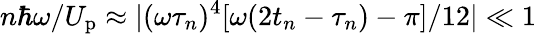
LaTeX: {n\hbar\omega}/{U_{\mathrm{p}}}\approx|(\omega\tau_{n})^{4}[\omega(2t_{n}-\tau_{n})-\pi]/12|\ll 1